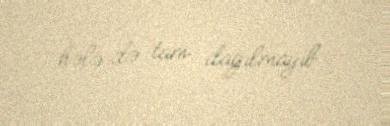
hələ də tam dağılmayıb.